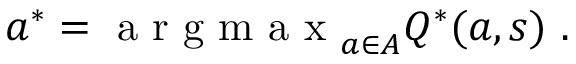
a ^ { * } = \mathrm { ~ a ~ r ~ g ~ m ~ a ~ x ~ } _ { a \in A } Q ^ { * } ( a , s ) ~ .